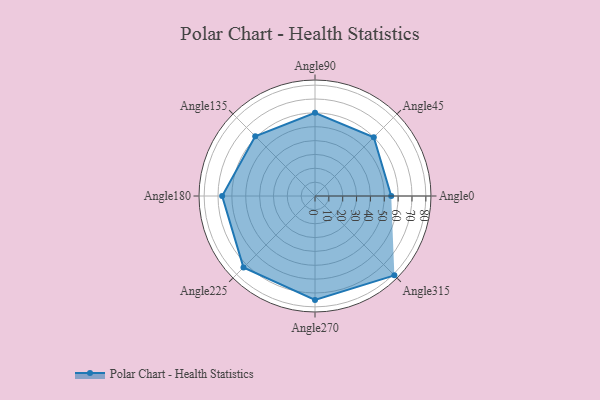
{"axis": {"x": "Angle", "y": "Radius"}, "legend": [""], "data": [{"x": "Angle0", "y": 55.0, "type": ""}, {"x": "Angle45", "y": 60.0, "type": ""}, {"x": "Angle90", "y": 60.0, "type": ""}, {"x": "Angle135", "y": 61.0, "type": ""}, {"x": "Angle180", "y": 67.0, "type": ""}, {"x": "Angle225", "y": 73.0, "type": ""}, {"x": "Angle270", "y": 75.0, "type": ""}, {"x": "Angle315", "y": 81.0, "type": ""}]}